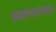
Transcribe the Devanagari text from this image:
ब्राह्मणांनाच